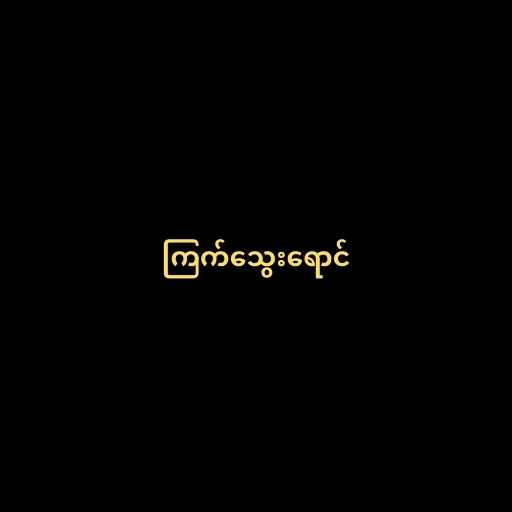
ကြက်သွေးရောင်